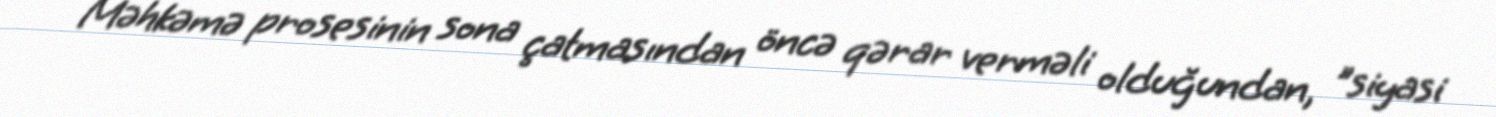
Məhkəmə prosesinin sona çatmasından öncə qərar verməli olduğundan, "siyasi